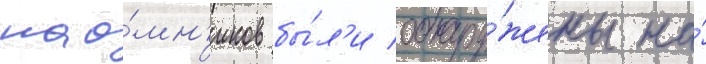
нао́мн'иков бы́л'и обнару́жены на́